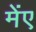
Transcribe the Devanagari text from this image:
मेंए